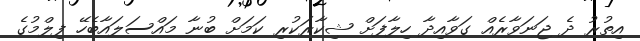
އިތުރު ދެ ޖަނަވާރެއް ގަވާއިދާ ހިލާފަށް ޝިކާރަކުރި ކަމަށް ބުނާ މައްސަލައާބެހޭ ފިލްމުގެ